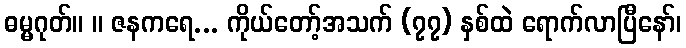
ဓမ္မဂုတ်။ ။ ဇနကရေ... ကိုယ်တော့်အသက် (၇၇) နှစ်ထဲ ရောက်လာပြီနော်၊